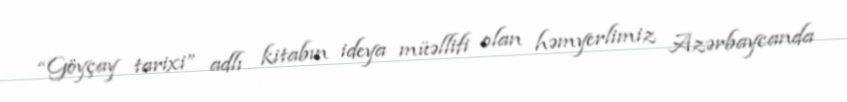
“Göyçay tarixi” adlı kitabın ideya müəllifi olan həmyerlimiz Azərbaycanda